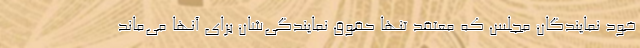
خود نمایندگان مجلس که معتقد تنها حقوق نمایندگی‌شان برای آنها می‌ماند